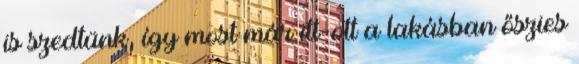
is szedtünk, így most már itt-ott a lakásban őszies